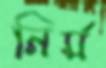
নির্ম